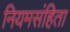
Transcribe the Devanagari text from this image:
नियमसंहिता